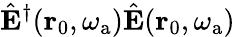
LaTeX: \hat{\mathbf{E}}^{\dagger}(\mathbf{r}_{\mathrm{0}},\omega_{\mathrm{a}})\hat{\mathbf{E}}(\mathbf{r}_{\mathrm{0}},\omega_{\mathrm{a}})